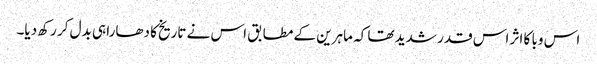
اس وبا کا اثر اس قدر شدید تھا کہ ماہرین کے مطابق اس نے تاریخ کا دھارا ہی بدل کر رکھ دیا۔